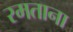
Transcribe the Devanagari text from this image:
रमताना